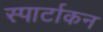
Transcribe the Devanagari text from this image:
स्पार्टाकन